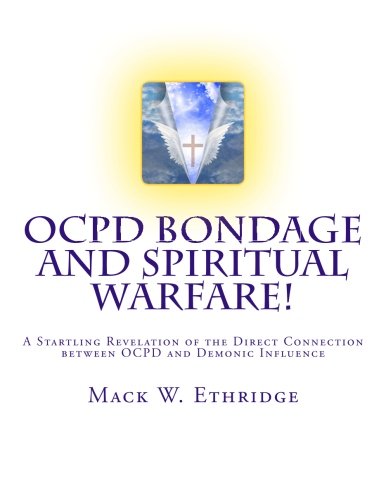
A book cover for OCPD Bondage and Spiritual Warfare: A Startling Revelation of the Direct Connection Between OCPD and Demonic Influence; Mack W. Ethridge; Health, Fitness & Dieting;